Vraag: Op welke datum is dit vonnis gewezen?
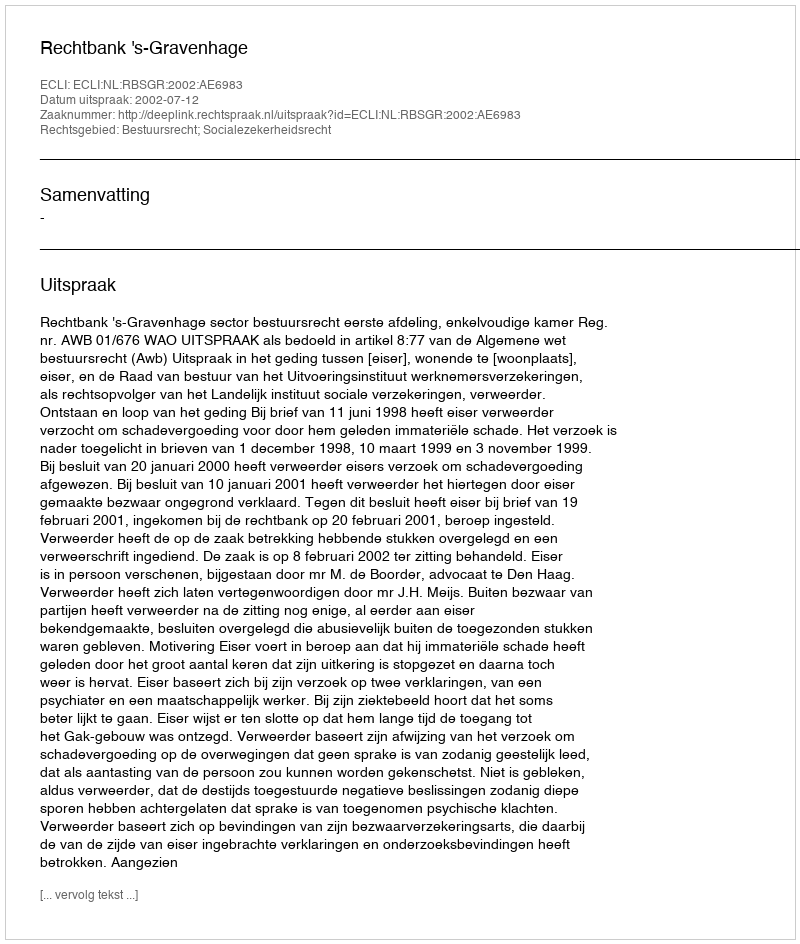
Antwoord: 2002-07-12